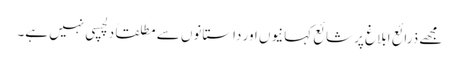
مجھے ذرائع ابلاغ پر شائع کہانیوں اور داستانوں سے مطلقاً دلچسپی نہیں ہے۔